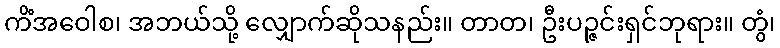
ကိံအဝေါစ၊ အဘယ်သို့ လျှောက်ဆိုသနည်း။ တာတ၊ ဦးပဉ္ဇင်းရှင်ဘုရား။ တွံ၊